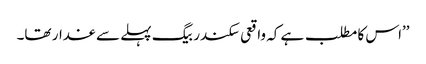
’’اس کا مطلب ہے کہ واقعی سکندر بیگ پہلے سے غدار تھا۔